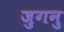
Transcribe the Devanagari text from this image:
जुगनु